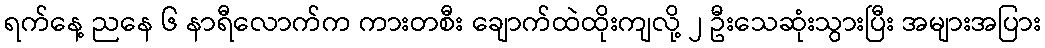
ရက်နေ့ ညနေ ၆ နာရီလောက်က ကားတစီး ချောက်ထဲထိုးကျလို့ ၂ ဦးသေဆုံးသွားပြီး အများအပြား